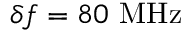
\delta f = 8 0 ~ \mathrm { { M H z } }